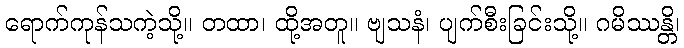
ရောက်ကုန်သကဲ့သို့။ တထာ၊ ထို့အတူ။ ဗျသနံ၊ ပျက်စီးခြင်းသို့။ ဂမိဿန္တိ၊